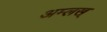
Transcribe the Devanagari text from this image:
अम्लख्